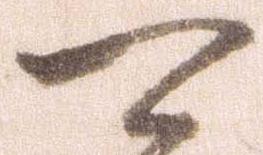
可